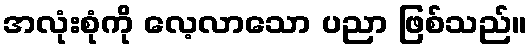
အလုံးစုံကို လေ့လာသော ပညာ ဖြစ်သည်။